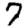
Digit: 7